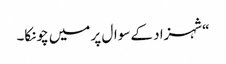
“شہزاد کے سوال پر میں چونکا۔